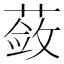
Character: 蔹